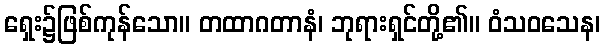
ရှေး၌ဖြစ်ကုန်သော။ တထာဂတာနံ၊ ဘုရားရှင်တို့၏။ ဝံသဝသေန၊